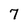
Character: 7